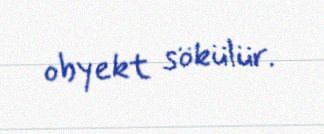
obyekt sökülür.